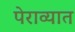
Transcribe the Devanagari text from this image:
पेराव्यात